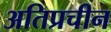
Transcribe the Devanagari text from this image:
अतिप्रचीन